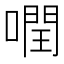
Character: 𠾽